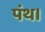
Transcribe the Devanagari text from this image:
पंथ।